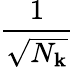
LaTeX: \frac{1}{\sqrt{N_{\mathbf k}}}